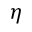
\eta